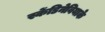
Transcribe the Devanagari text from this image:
स्केंडिनेवियाके